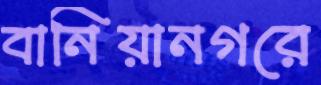
বানিয়ানগরে